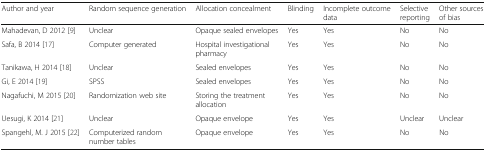
<table><thead><tr><td><b>Author and year</b></td><td><b>Random sequence generation</b></td><td><b>Allocation concealment</b></td><td><b>Blinding</b></td><td><b>Incomplete outcome data</b></td><td><b>Selective reporting</b></td><td><b>Other sources of bias</b></td></tr></thead><tbody><tr><td>Mahadevan, D 2012 [9]</td><td>Unclear</td><td>Opaque sealed envelopes</td><td>Yes</td><td>Yes</td><td>No</td><td>No</td></tr><tr><td>Safa, B 2014 [17]</td><td>Computer generated</td><td>Hospital investigational pharmacy</td><td>Yes</td><td>Yes</td><td>No</td><td>No</td></tr><tr><td>Tanikawa, H 2014 [18]</td><td>Unclear</td><td>Sealed envelopes</td><td>Yes</td><td>Yes</td><td>No</td><td>No</td></tr><tr><td>Gi, E 2014 [19]</td><td>SPSS</td><td>Sealed envelopes</td><td>Yes</td><td>Yes</td><td>No</td><td>No</td></tr><tr><td>Nagafuchi, M 2015 [20]</td><td>Randomization web site</td><td>Storing the treatment allocation</td><td>Yes</td><td>Yes</td><td>No</td><td>No</td></tr><tr><td>Uesugi, K 2014 [21]</td><td>Unclear</td><td>Opaque envelope</td><td>Yes</td><td>Yes</td><td>Unclear</td><td>Unclear</td></tr><tr><td>Spangehl, M. J 2015 [22]</td><td>Computerized random number tables</td><td>Opaque envelope</td><td>Yes</td><td>Yes</td><td>No</td><td>No</td></tr></tbody></table>